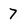
Character: 7